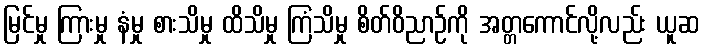
မြင်မှု ကြားမှု နံမှု စားသိမှု ထိသိမှု ကြံသိမှု စိတ်ဝိညာဉ်ကို အတ္တကောင်လို့လည်း ယူဆ